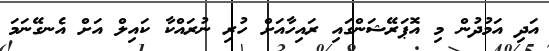
އަދި އަމުުދުން މި އޮޕަރޭޝަންގައި ރައިހާއަށް ހުރި ނުރައްކާ ކައިލް އަށް އެނގޭނަމަ